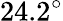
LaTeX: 24.2^{\circ}